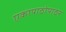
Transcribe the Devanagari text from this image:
एकापाठोपाठर